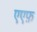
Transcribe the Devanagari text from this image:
एएफ़